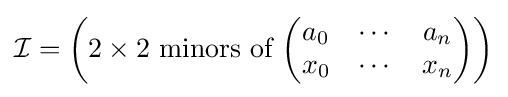
{\mathcal {I}}=\left(2\times 2{\text{ minors of }}{\begin{pmatrix}a_{0}&\cdots &a_{n}\\x_{0}&\cdots &x_{n}\end{pmatrix}}\right)